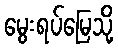
မွေးရပ်မြေသို့